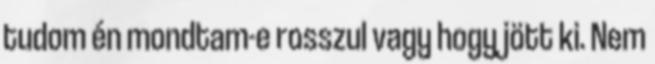
tudom én mondtam-e rosszul vagy hogy jött ki. Nem